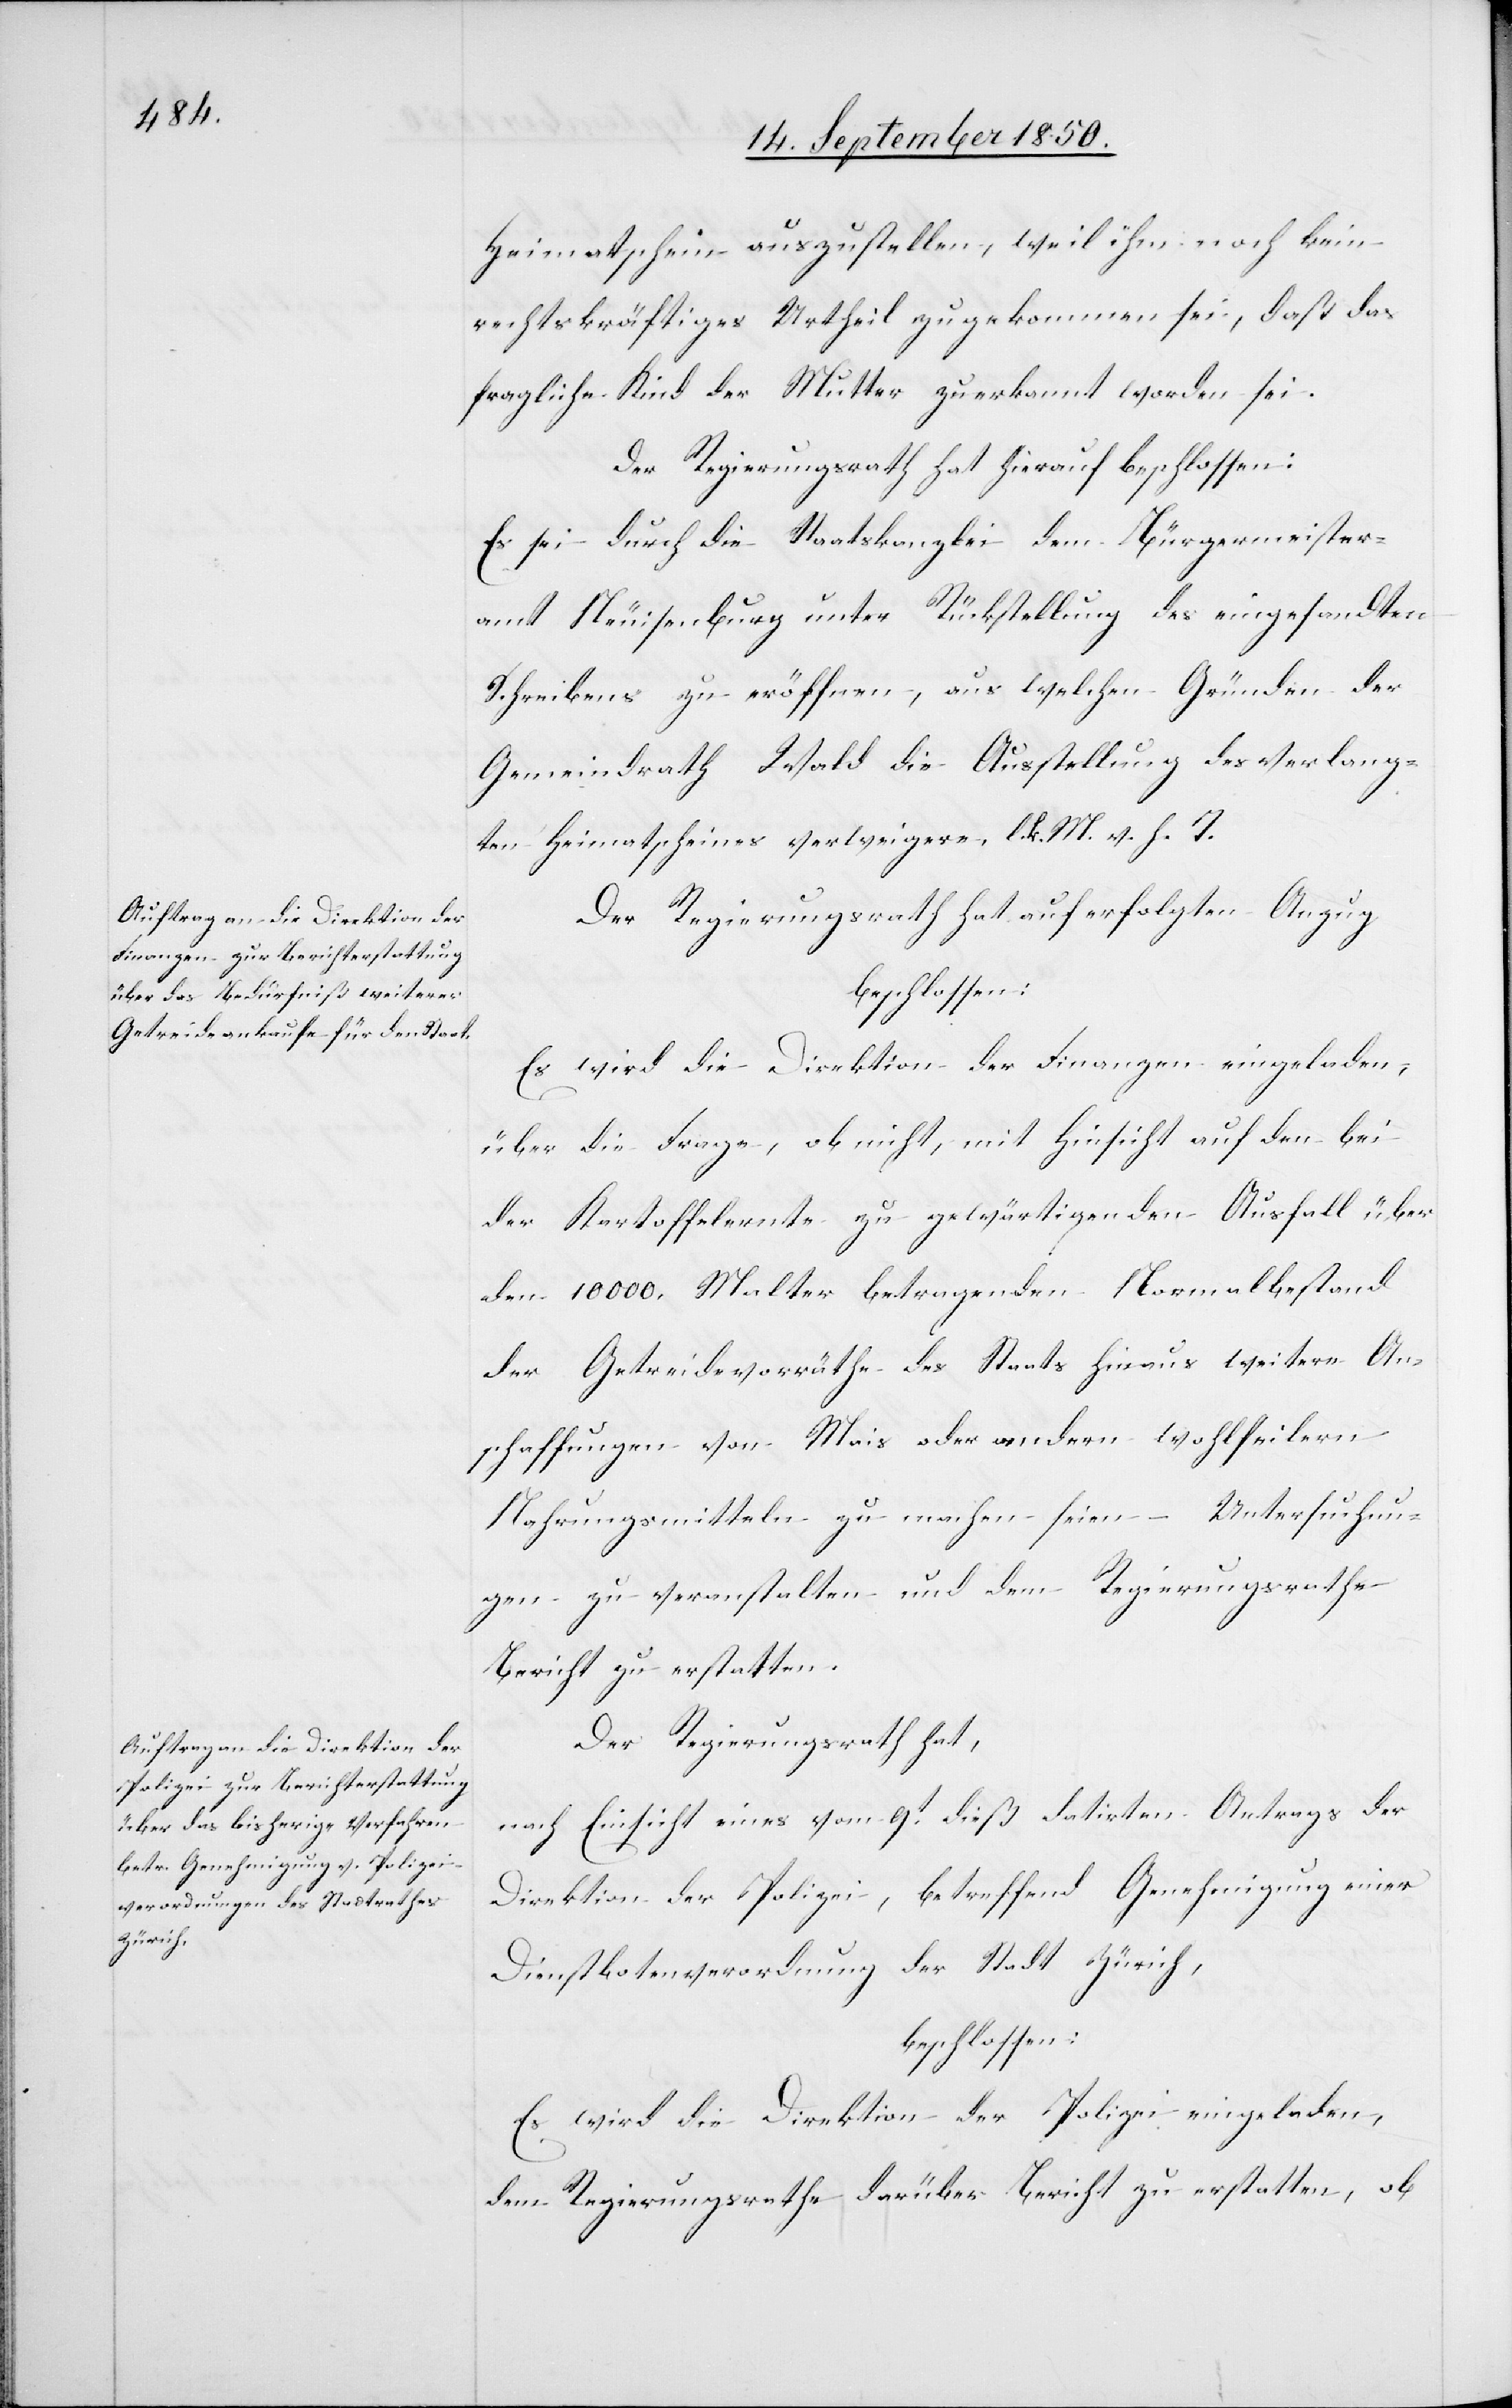
Heimatschein auszustellen, weil ihm noch kein
rechtskräftiges Urtheil zugekommen sei, daß das
fragliche Kind der Mutter zuerkannt worden sei.
Der Regierungsrath hat hierauf beschlossen:
Es sei durch die Staatskanzlei dem Bürgermeister¬
amt Neuisenburg unter Rückstellung des eingesandten
Schreibens zu eröffnen, aus welchen Gründen der
Gemeindrath Wald die Ausstellung des verlang¬
ten Heimatscheines verweigere. l. k. M. v. h. T.
Der Regierungsrath hat auf erfolgten Anzug
beschlossen:
Es wird die Direktion der Finanzen eingeladen,
über die Frage, ob nicht, mit Hinsicht auf den bei
der Kartoffelernte zu gewärtigenden Ausfall über
den 10 000. Malter betragenden Normalbestand
der Getreidevorräthe des Staats hinaus weitere An¬
schaffungen von Mais oder andern wohlfeilern
Nahrungsmitteln zu machen seien – Untersuchun¬
gen zu veranstalten und dem Regierungsrathe
Bericht zu erstatten.
Der Regierungsrath hat,
nach Einsicht eines vom 9t dieß datirten Antrags der
Direktion der Polizei, betreffend Genehmigung einer
Dienstbotenverordnung der Stadt Zürich,
beschlossen:
Es wird die Direktion der Polizei eingeladen,
dem Regierungsrathe darüber Bericht zu erstatten, ob